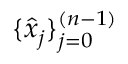
\{ \hat { x } _ { j } \} _ { j = 0 } ^ { ( n - 1 ) }